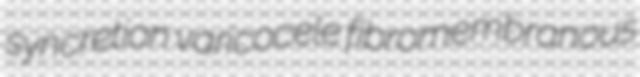
syncretion varicocele fibromembranous